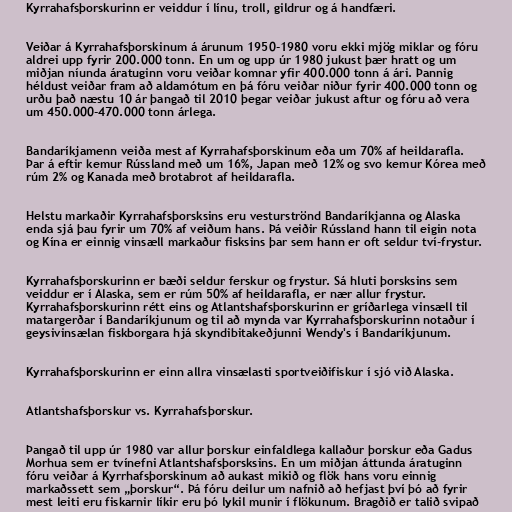
Kyrrahafsþorskurinn er veiddur í línu, troll, gildrur og á handfæri.

Veiðar á Kyrrahafsþorskinum á árunum 1950-1980 voru ekki mjög miklar og fóru
aldrei upp fyrir 200.000 tonn. En um og upp úr 1980 jukust þær hratt og um
miðjan níunda áratuginn voru veiðar komnar yfir 400.000 tonn á ári. Þannig
héldust veiðar fram að aldamótum en þá fóru veiðar niður fyrir 400.000 tonn og
urðu það næstu 10 ár þangað til 2010 þegar veiðar jukust aftur og fóru að vera
um 450.000-470.000 tonn árlega.

Bandaríkjamenn veiða mest af Kyrrahafsþorskinum eða um 70% af heildarafla.
Þar á eftir kemur Rússland með um 16%, Japan með 12% og svo kemur Kórea með
rúm 2% og Kanada með brotabrot af heildarafla.

Helstu markaðir Kyrrahafsþorsksins eru vesturströnd Bandaríkjanna og Alaska
enda sjá þau fyrir um 70% af veiðum hans. Þá veiðir Rússland hann til eigin nota
og Kína er einnig vinsæll markaður fisksins þar sem hann er oft seldur tví-frystur.

Kyrrahafsþorskurinn er bæði seldur ferskur og frystur. Sá hluti þorsksins sem
veiddur er í Alaska, sem er rúm 50% af heildarafla, er nær allur frystur.
Kyrrahafsþorskurinn rétt eins og Atlantshafsþorskurinn er gríðarlega vinsæll til
matargerðar í Bandaríkjunum og til að mynda var Kyrrahafsþorskurinn notaður í
geysivinsælan fiskborgara hjá skyndibitakeðjunni Wendy's í Bandaríkjunum.

Kyrrahafsþorskurinn er einn allra vinsælasti sportveiðifiskur í sjó við Alaska.

Atlantshafsþorskur vs. Kyrrahafsþorskur.

Þangað til upp úr 1980 var allur þorskur einfaldlega kallaður þorskur eða Gadus
Morhua sem er tvínefni Atlantshafsþorsksins. En um miðjan áttunda áratuginn
fóru veiðar á Kyrrhafsþorskinum að aukast mikið og flök hans voru einnig
markaðssett sem „þorskur“. Þá fóru deilur um nafnið að hefjast því þó að fyrir
mest leiti eru fiskarnir líkir eru þó lykil munir í flökunum. Bragðið er talið svipað